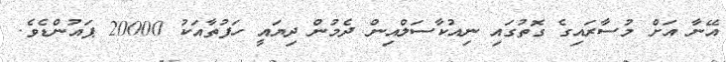
އޭނާ އަށް މުސާރައިގެ ގޮތުގައި ނިއުކާސަލްއިން ދެމުން ދިޔައީ ހަފުތާއަކު 20000 ޕައުންޑެވެ.